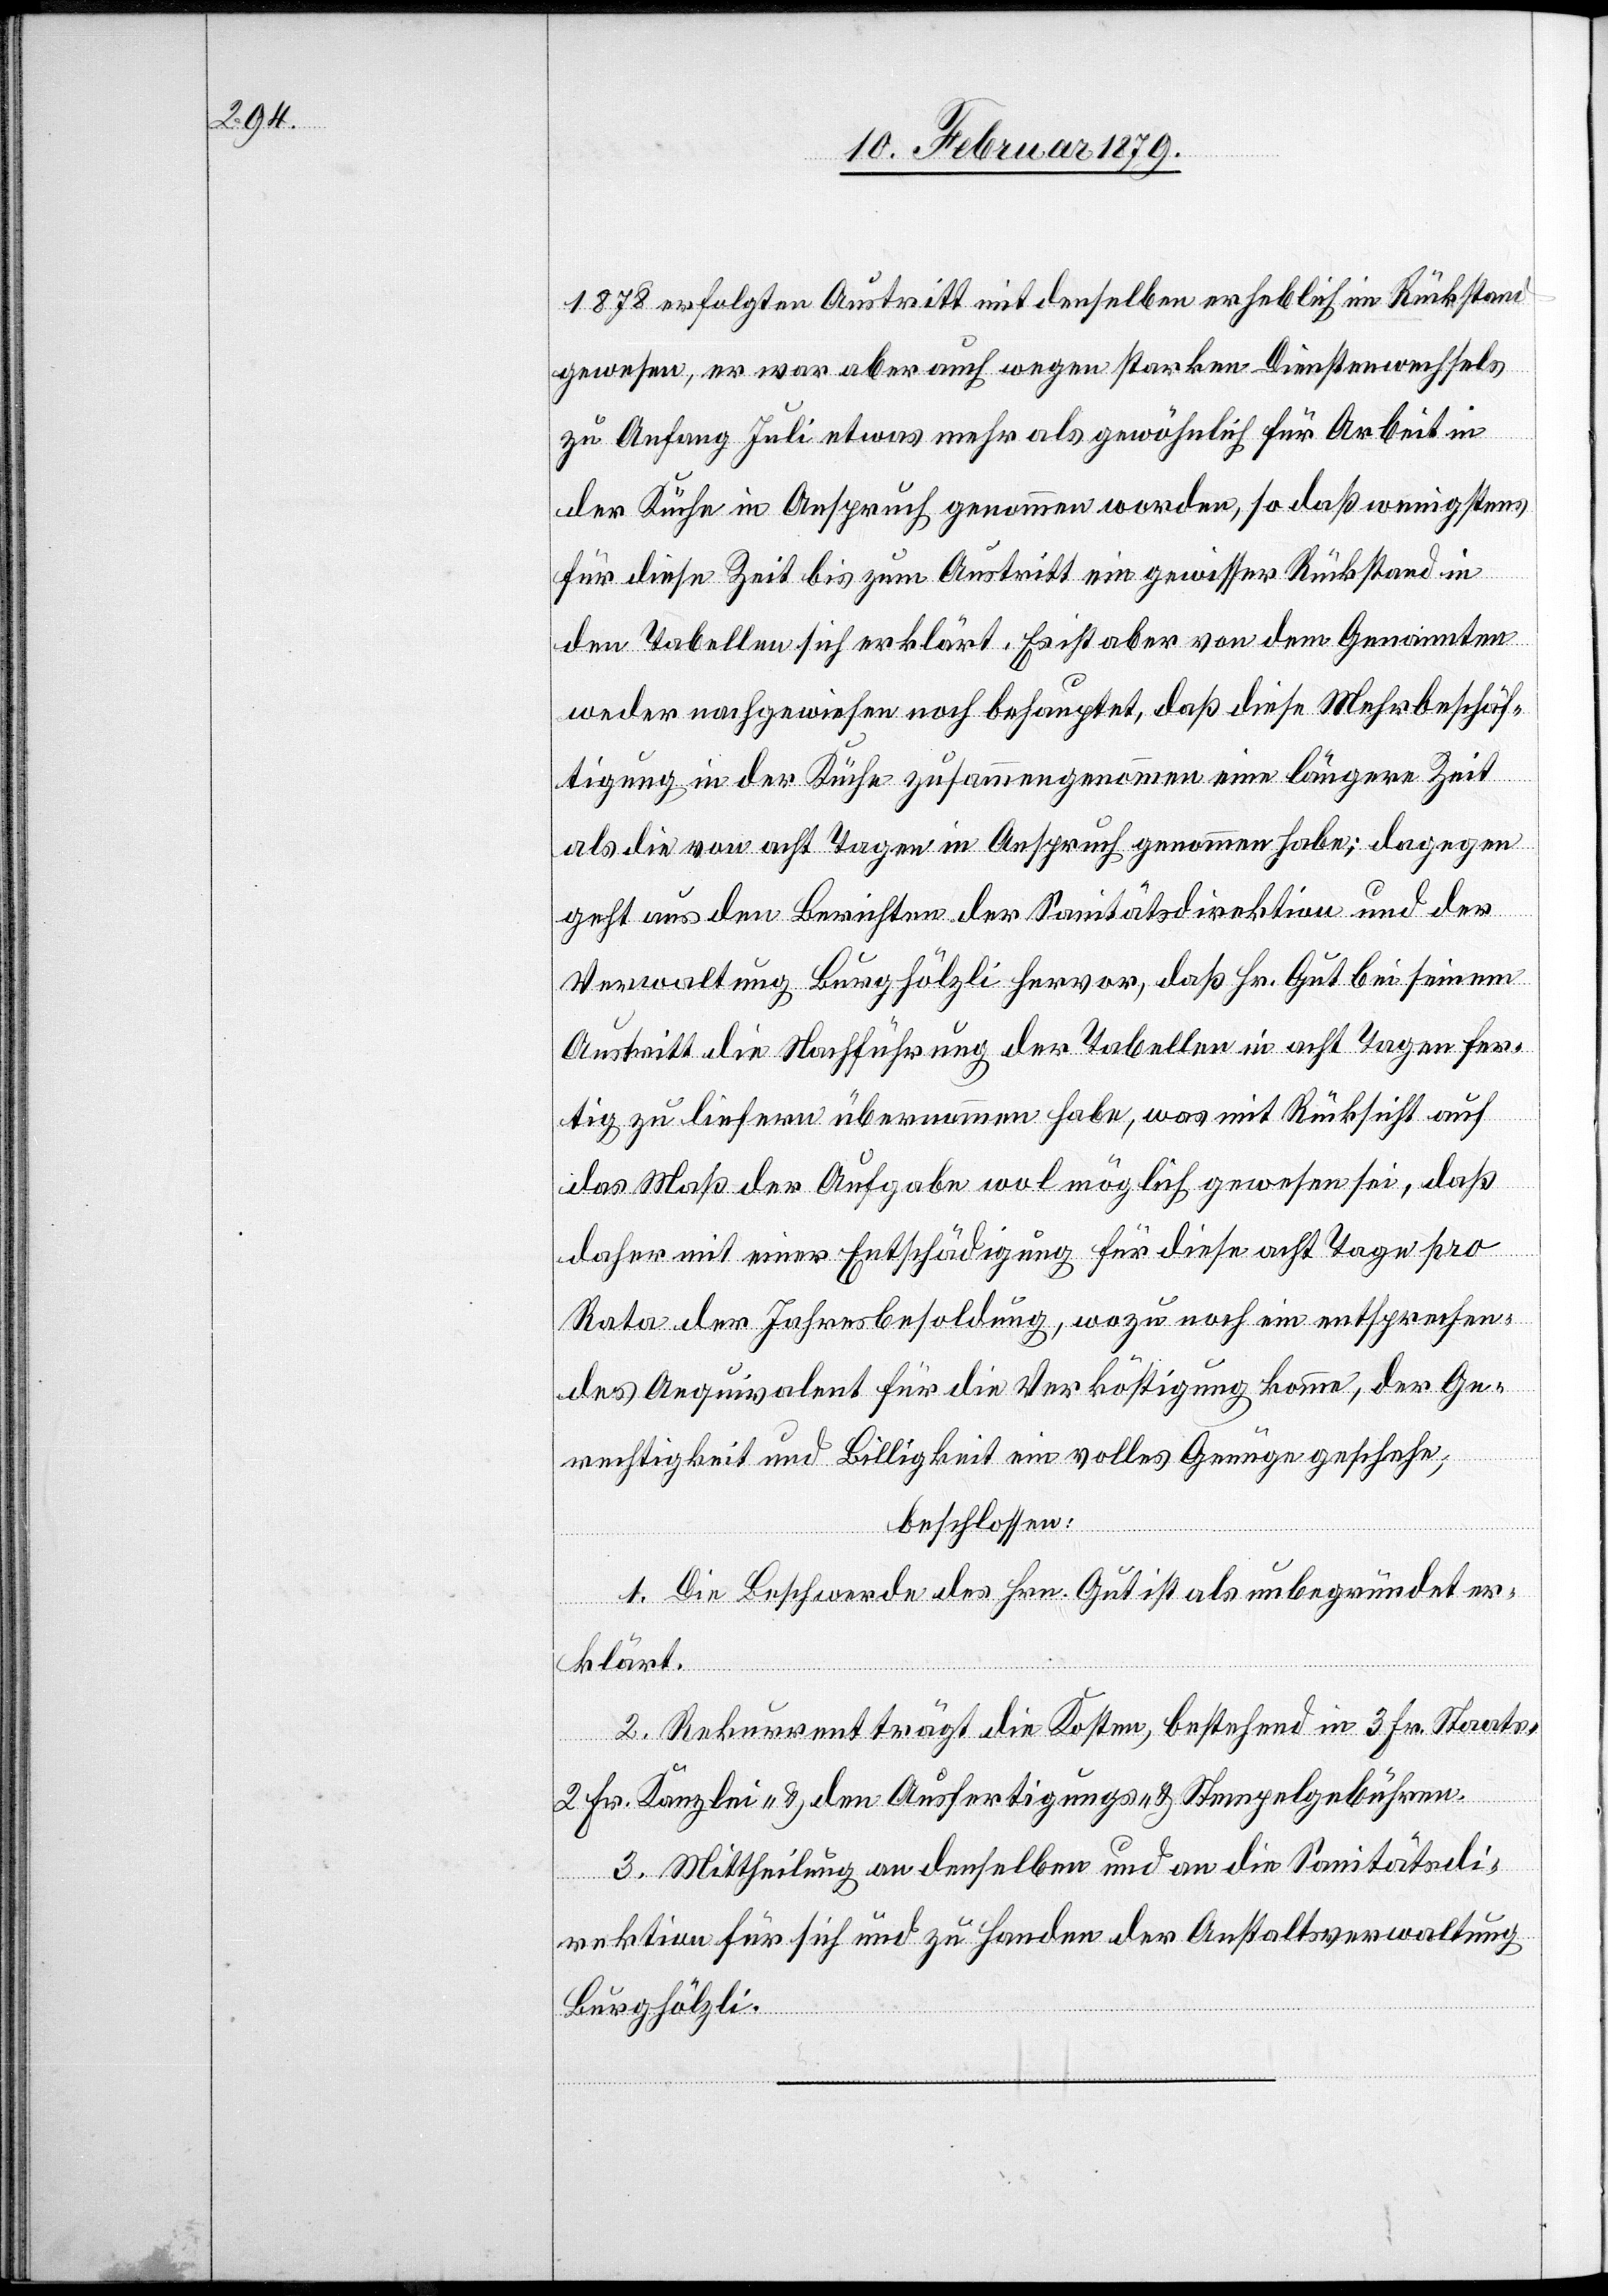
1878 erfolgten Austritt mit denselben erheblich im Rückstand
gewesen, er war aber auch wegen starken Dienstenwechsels
zu Anfang Juli etwas mehr als gewöhnlich für die Arbeit in
der Küche in Anspruch genommen worden, so daß wenigstens
für diese Zeit bis zum Austritt ein gewisser Rückstand in
den Tabellen sich erklärt. Es ist aber von dem Genannten
weder nachgewiesen noch behauptet, daß diese Mehrbeschäf¬
tigung in der Küche zusammengenommen eine längere Zeit
als die von acht Tagen in Anspruch genommen habe; dagegen
geht aus den Berichten der Sanitätsdirektion und der
Verwaltung Burghölzli hervor, daß Hr. Gut bei seinem
Austritt die Nachführung der Tabellen in acht Tagen fer¬
tig zu liefern übernommen habe, was mit Rücksicht auf
das Maß der Aufgabe wol möglich gewesen sei, daß
daher mit einer Entschädigung für diese acht Tage pro
Rata der Jahresbesoldung, wozu noch ein entsprechen¬
des Aequivalent für die Verköstigung komme, der Ge¬
rechtigkeit und Billigkeit ein volles Genüge geschehe;
beschlossen:
1. Die Beschwerde des Hrn. Gut ist als unbegründet er¬
klärt.
2. Rekurrent trägt die Kosten, bestehend in 3 Fr. Staats-
2 Fr. Kanzlei- & den Ausfertigungs- & Stempelgebühren.
3. Mittheilung an denselben und an die Sanitätsdi¬
rektion für sich und zu Handen der Anstaltsverwaltung
Burghölzli.